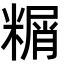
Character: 糏